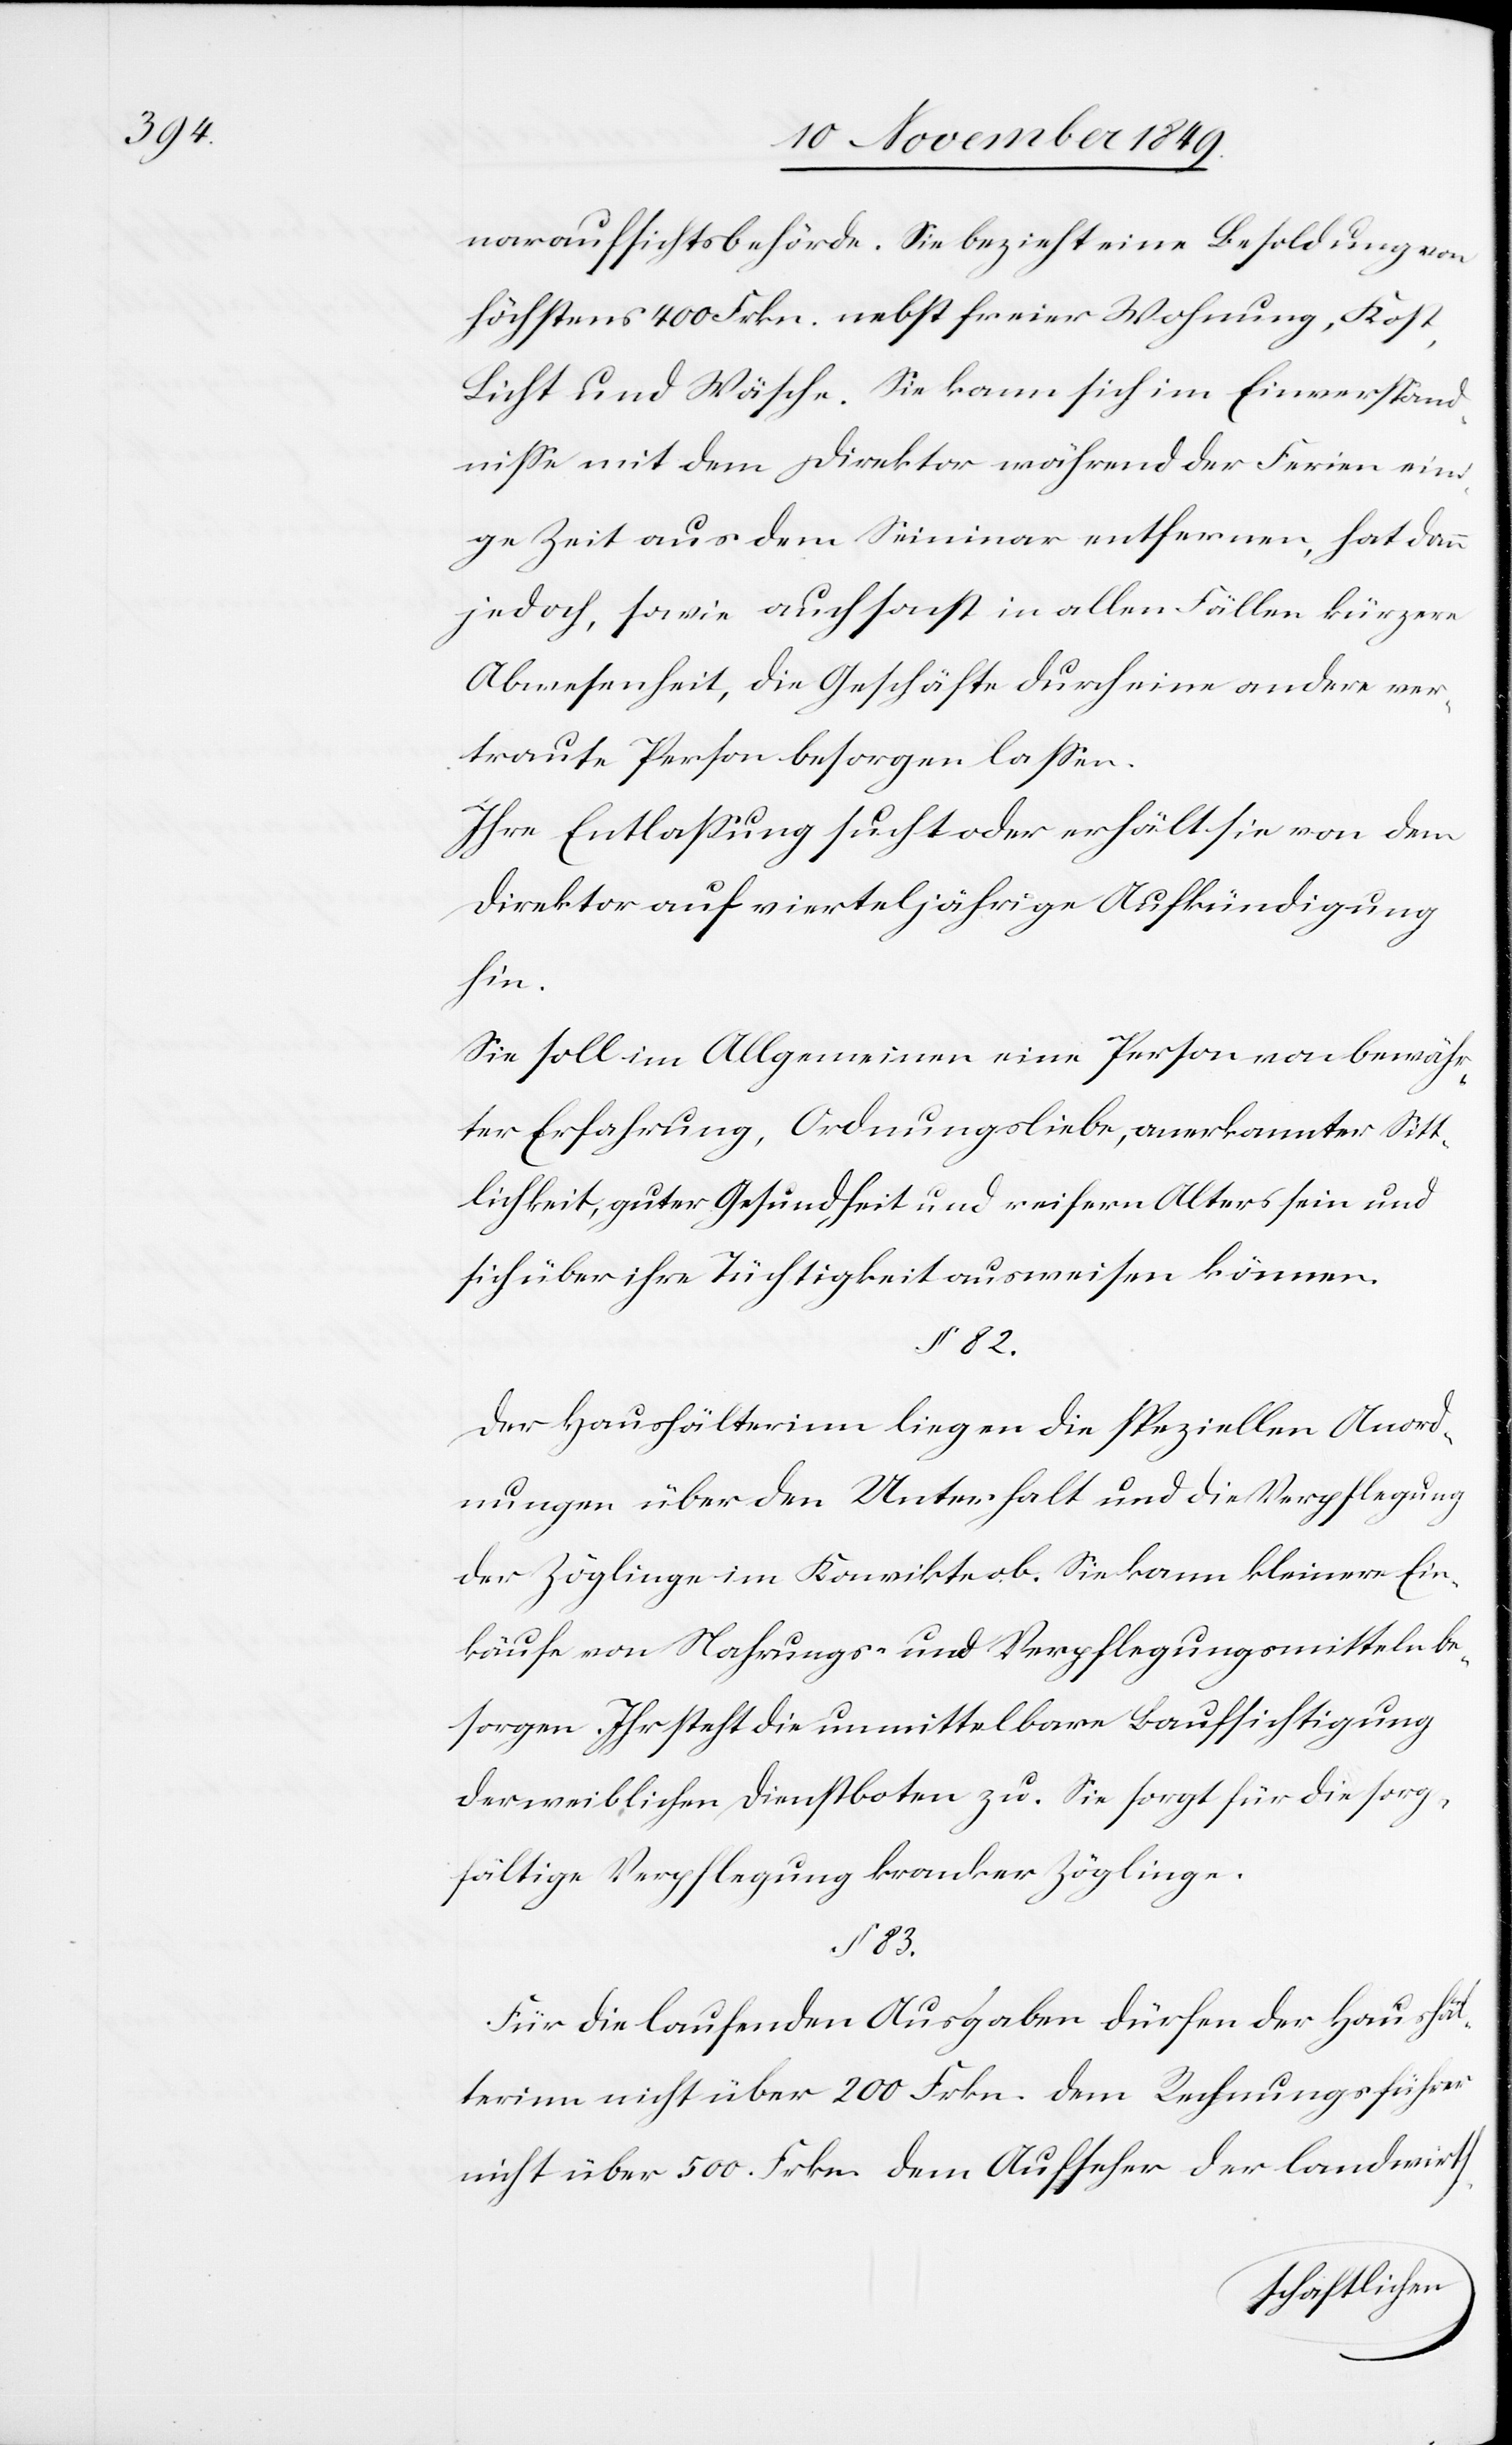
naraufsichtsbehörde. Sie bezieht eine Besoldung von
höchstens 400 Frkn. nebst freier Wohnung, Kost,
Licht und Wäsche. Sie kann sich im Einverständ¬
niße mit dem Direktor während der Ferien ein¬
ige Zeit aus dem Seminar entfernen, hat dann
jedoch, sowie auch sonst in allen Fällen kürzere
Abwesenheit, die Geschäfte durch eine andere ver¬
traute Person besorgen laßen.
Ihre Entlaßung sucht oder erhält sie von dem
Direktor auf vierteljährige Aufkündigung
hin.
Sie soll im Allgemeinen eine Person von bewähr¬
ter Erfahrung, Ordnungsliebe, anerkannter Sitt¬
lichkeit, guter Gesundheit und reifern Alters sein und
sich über ihre Tüchtigkeit ausweisen können.
§ 82.
Der Haushälterinn liegen die speziellen Anord¬
nungen über den Unterhalt und die Verpflegung
der Zöglinge im Konvikte ob. Sie kann kleinere Ein¬
käufe von Nahrungs- und Verpflegungsmitteln be¬
sorgen. Ihr steht die unmittelbare Beaufsichtigung
der weiblichen Dienstboten zu. Sie sorgt für die sorg¬
fältige Verpflegung kranker Zöglinge.
§ 83.
Für die laufenden Ausgaben dürfen der Haushäl¬
terinn nicht über 200 Frkn. dem Rechnungsführer
nicht über 500 Frkn. dem Aufseher der landwirth-